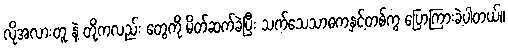
လိုအလားတူ နဲ့ တို့ကလည်း တွေကို မိတ်ဆက်ခဲ့ပြီး သက်သေသာဓကနှင့်တစ်ကွ ပြောကြားခဲ့ပါတယ်။